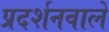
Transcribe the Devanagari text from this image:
प्रदर्शनवाले